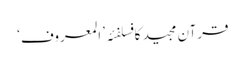
قرآن مجید کا فسلفئہ ’المعروف‘